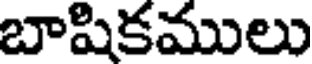
బాషికములు